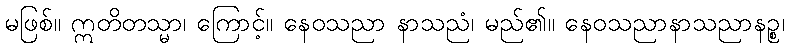
မဖြစ်။ ဣတိတသ္မာ၊ ကြောင့်။ နေဝသညာ နာသညံ၊ မည်၏။ နေဝသညာနာသညာနဉ္စ၊